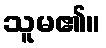
သူမ၏။